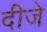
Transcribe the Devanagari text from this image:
दीजे